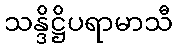
သန္ဒိဋ္ဌိပရာမာသီ